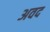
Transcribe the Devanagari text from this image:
अवद